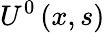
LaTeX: U^{0}\left(x,s\right)